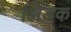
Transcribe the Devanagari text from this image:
झिडक